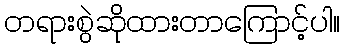
တရားစွဲဆိုထားတာကြောင့်ပါ။